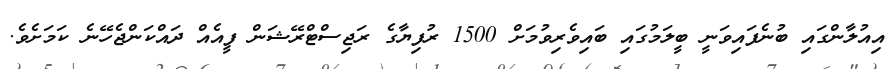
އިއުލާންގައި ބުނެފައިވަނީ ބީލަމުގައި ބައިވެރިވުމަށް 1500 ރުފިޔާގެ ރަޖިސްޓްރޭޝަން ފީއެއް ދައްކަންޖެހޭނެ ކަމަށެވެ.